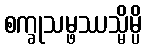
စက္ခုသမ္ဖဿသ္မိမ္ပိ